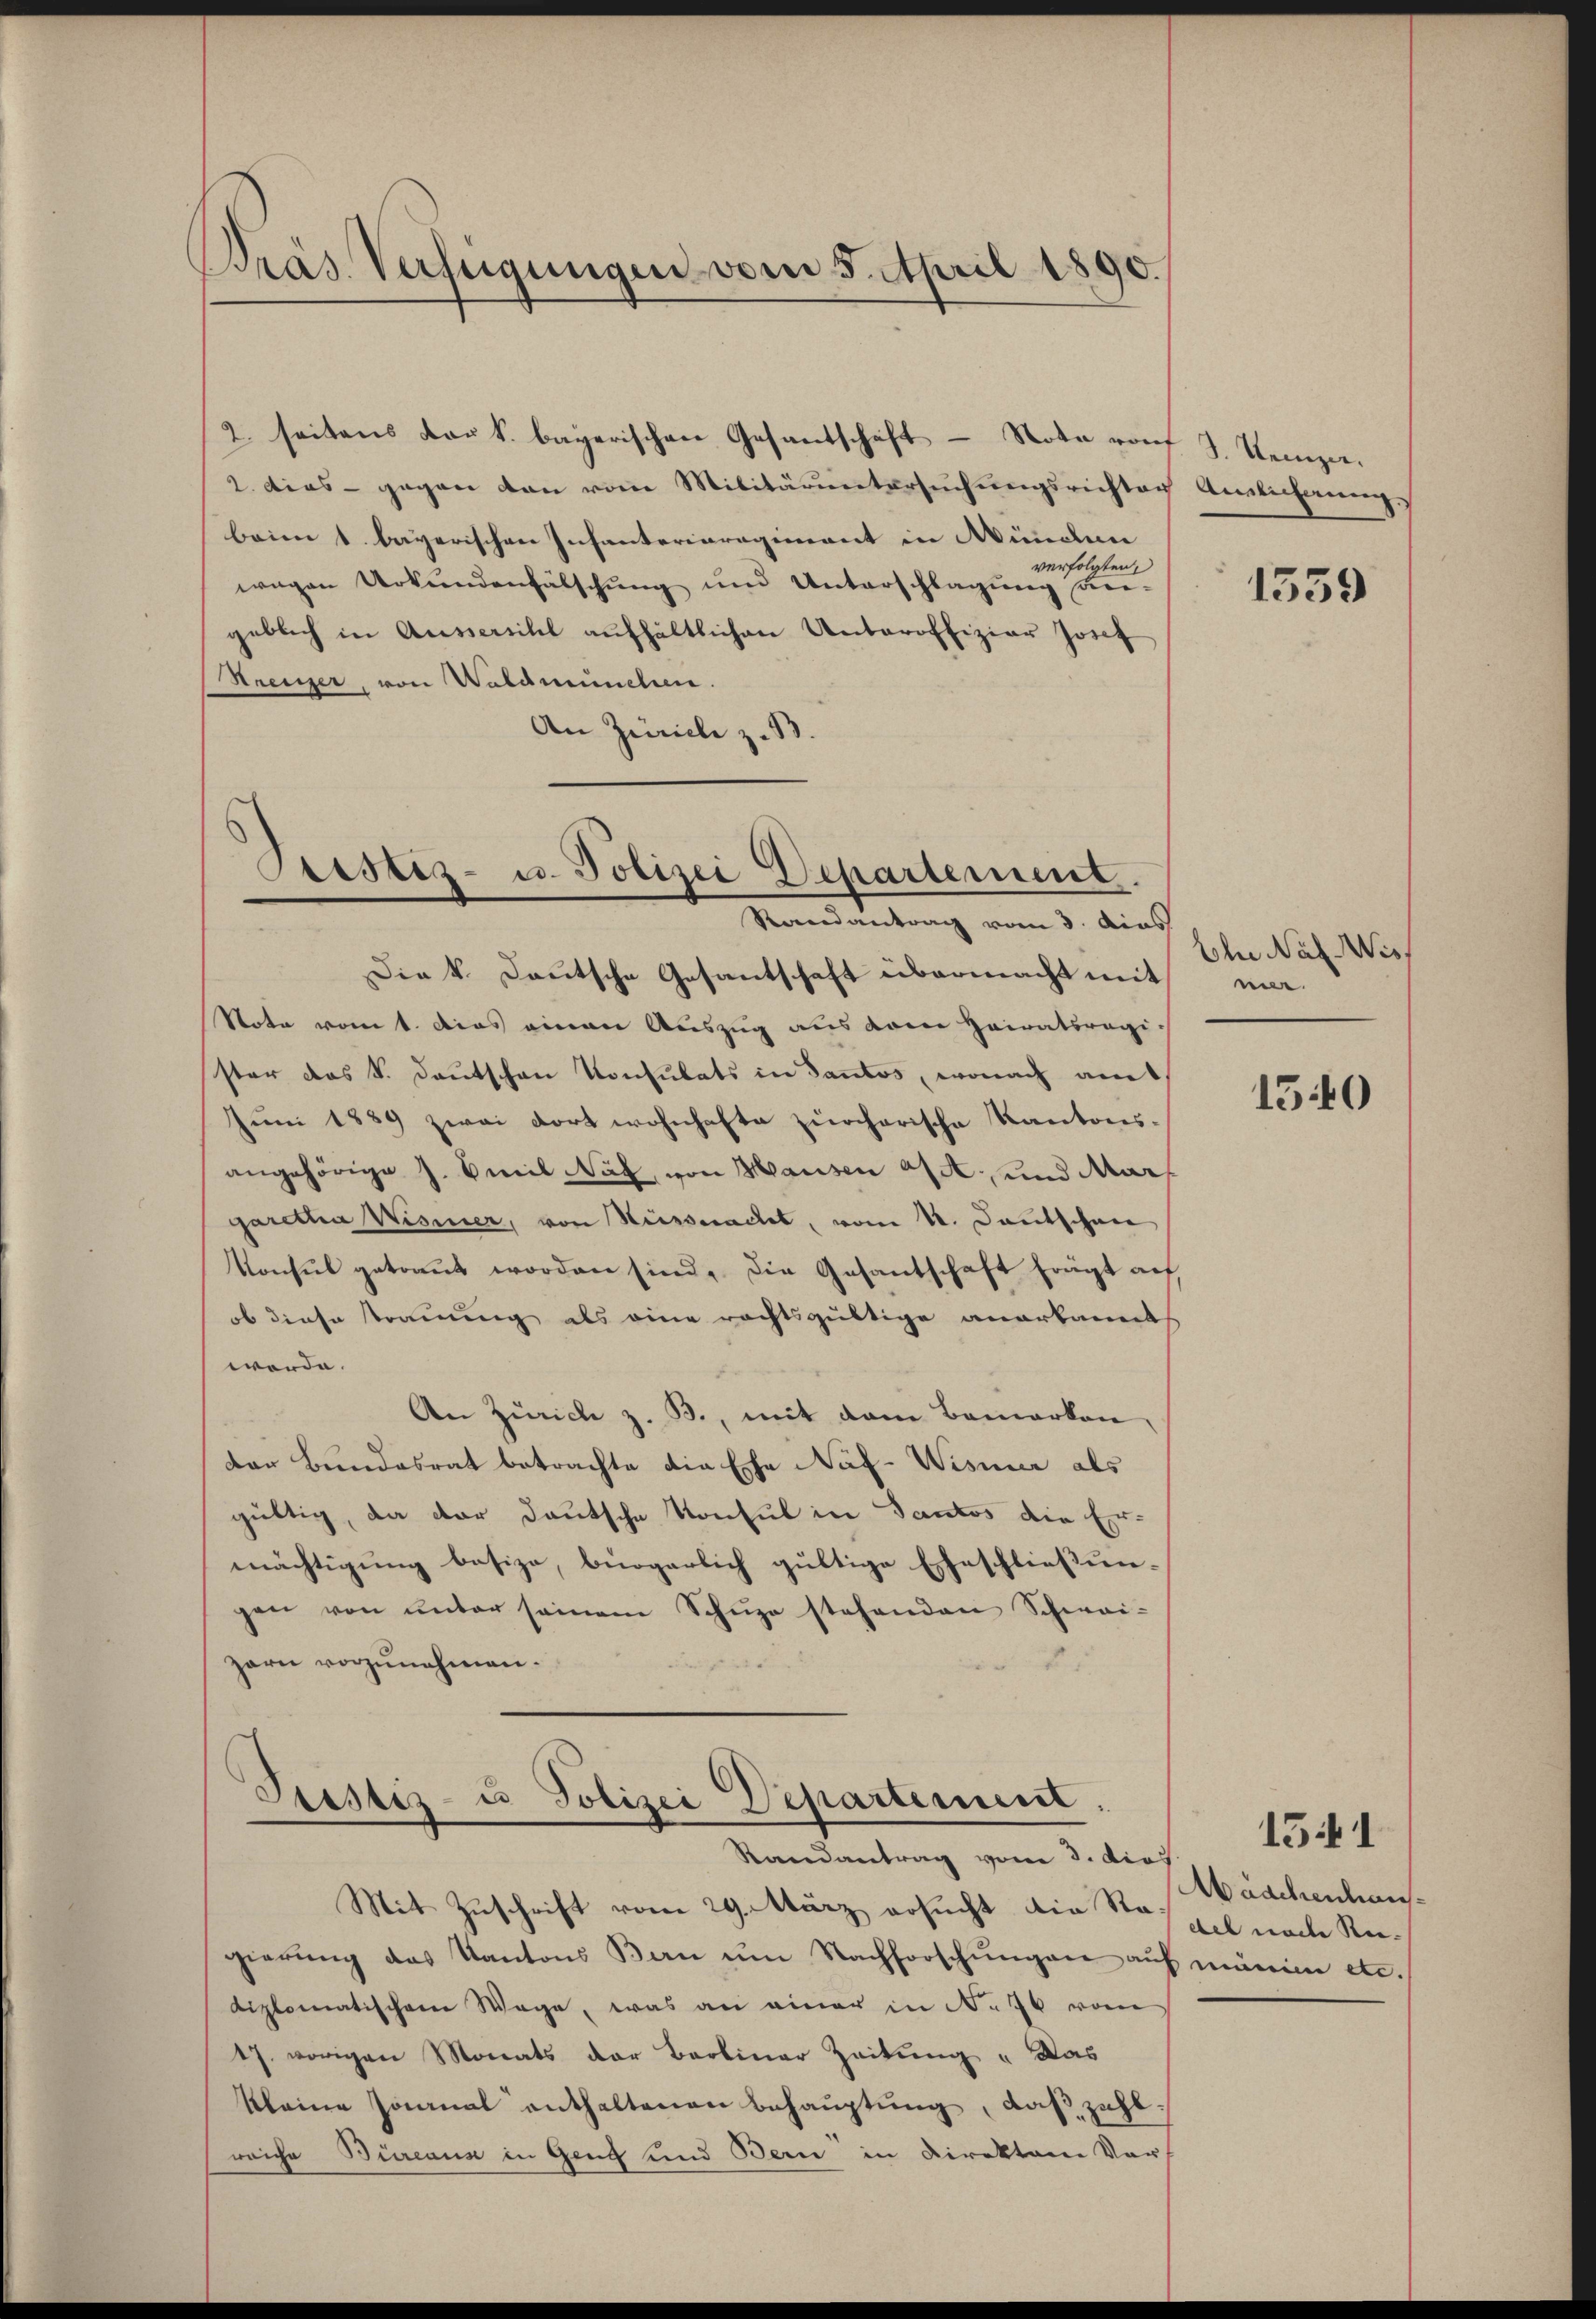
Bras Verfügungen vom 5. April 1890.

2. seitens der k. bayerischen Gesandschaft - Note von J. Stemper.
2. dies - gegen den vom Militäruntersuchungsrichter Amtlicherungs
beim 1. bayerischen Infanterieregiment in Münden
verfolgten,
wagen Urkundenfälschung und Unterschlagung an-
geblich in Aussersihl aŭfhältlichen Unteroffizier Josef
Streinzer, von Waldmünchen.
An Zürich z. B.

Prestiz- u. Polizei Departement.
Randantrag vom 3. dies

Die k. Deutsche Gesantschaft übermacht mit
Note vom 1. Dies einen Auszug aus dem Heiratsregister das S. Deutschen Konsulats in Santos, wonach am
Juni 1889 zwei dort wohnhafte zürcherische Kantons-
angehörige J. Emil Nach, von Hausen a/A. und Mar
garetha Wismer, von Hesserachtet, vom 12. Deutschnee
Konsŭl getraŭt worden sind, die Gesantschaft frägt auf,
ob diese strauung als eine rechtsgültige anerkannth
werde.
An Zürich z. B., mit dem Bemerken,
der Bundesrat betrachte die Ehe Naf-Wisnier als
gültig, da der deutsche Konsul in Tantos die Er-
mächtigung besize, bürgerlich gültige Eheschließungen von ŭnter seinem Schŭze stehenden Schwai-
zarn vorzunehmen.

Justiz- u Polizei Departement.
Randantrag vom 3. dies

Mit Zuschrift vom 29. März ersucht die Stoppel nach Regierŭng das Kantons Bern ŭm Nachforschŭngen auf minime etc.
diplomatischem Wege, was an einer in No 76 vom
17. vorigen Monats der Berliner Zeitung "Das
kleine Joanal enthaltenen Behauptung, daß zahlreiche Büreaus in Geng und Bern in Direktore Vorf

1359

Ehe Nat. Wiss
n.

1540

Mädchenhaus¬

1541